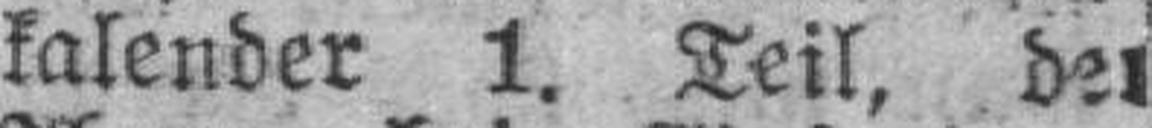
kalender 1. Teil, der